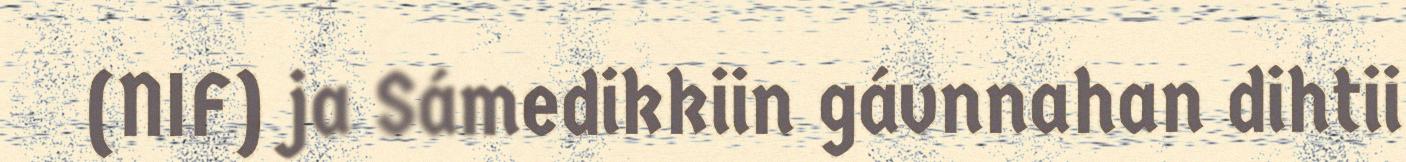
(NIF) ja Sámedikkiin gávnnahan dihtii